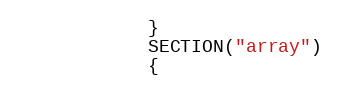
Language: C++
            }
            SECTION("array")
            {